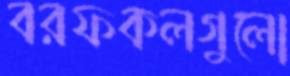
বরফকলগুলো